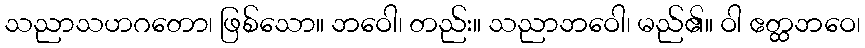
သညာသဟဂတော၊ ဖြစ်သော။ ဘဝေါ၊ တည်း။ သညာဘဝေါ၊ မည်၏။ ဝါ ဧတ္ထဘဝေ၊